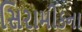
સિરામીકના